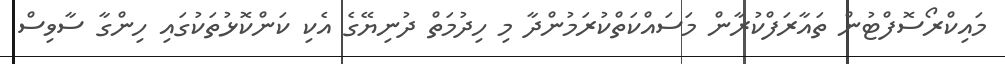
މައިކްރޯސޮފްޓުން ތައާރަފްކުރާން މަސައްކަތްކުރަމުންދާ މި ހިދުމަތް ދުނިޔޭގެ އެކި ކަންކޮޅުތަކުގައި ހިންގާ ސާވިސް